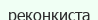
реконкиста